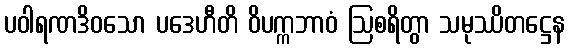
ပဝါရဏဒိဝသော ပဒေဟီတိ ဝိပက္ကဘာဝံ ဩစရိတွာ သမုဿိတဋ္ဌေန